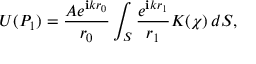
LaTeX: U ( P _ { 1 } ) = { \frac { A e ^ { \mathbf { i } k r _ { 0 } } } { r _ { 0 } } } \int _ { S } { \frac { e ^ { \mathbf { i } k r _ { 1 } } } { r _ { 1 } } } K ( \chi ) \, d S ,